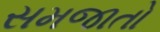
સમજાતો